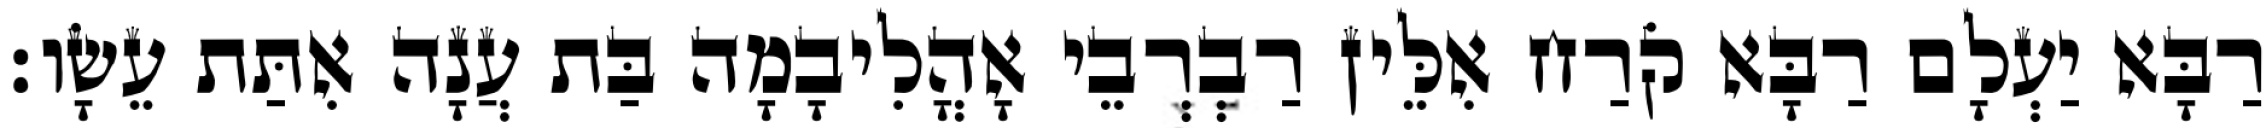
רַבָּא יַעְלָם רַבָּא קֹרַח אִלֵּין רַבְרְבֵי אָהֳלִיבָמָה בַּת עֲנָה אִתַּת עֵשָׂו׃